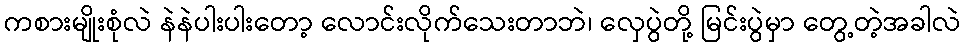
ကစားမျိုးစုံလဲ နဲနဲပါးပါးတော့ လောင်းလိုက်သေးတာဘဲ၊ လှေပွဲတို့ မြင်းပွဲမှာ တွေ့တဲ့အခါလဲ